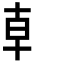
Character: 龺